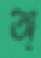
অ্